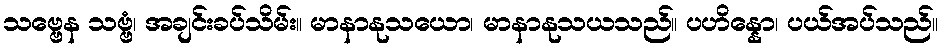
သဗ္ဗေန သဗ္ဗံ၊ အချင်းခပ်သိမ်း။ မာနာနုသယော၊ မာနာနုသယသည်။ ပဟိန္နော၊ ပယ်အပ်သည်။